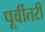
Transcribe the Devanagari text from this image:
पूर्वीतरी